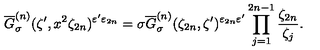
\overline { { G } } _ { \sigma } ^ { ( n ) } ( \zeta ^ { \prime } , x ^ { 2 } \zeta _ { 2 n } ) ^ { \varepsilon ^ { \prime } \varepsilon _ { 2 n } } = \sigma \overline { { G } } _ { \sigma } ^ { ( n ) } ( \zeta _ { 2 n } , \zeta ^ { \prime } ) ^ { \varepsilon _ { 2 n } \varepsilon ^ { \prime } } \prod _ { j = 1 } ^ { 2 n - 1 } \frac { \zeta _ { 2 n } } { \zeta _ { j } } .